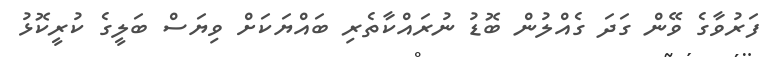
ފަރުވާގެ ވޭން ގަދަ ގެއްލުން ބޮޑު ނުރައްކާތެރި ބައްޔަކަށް ވިޔަސް ބަލީގެ ކުރީކޮޅު